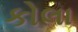
કોલા